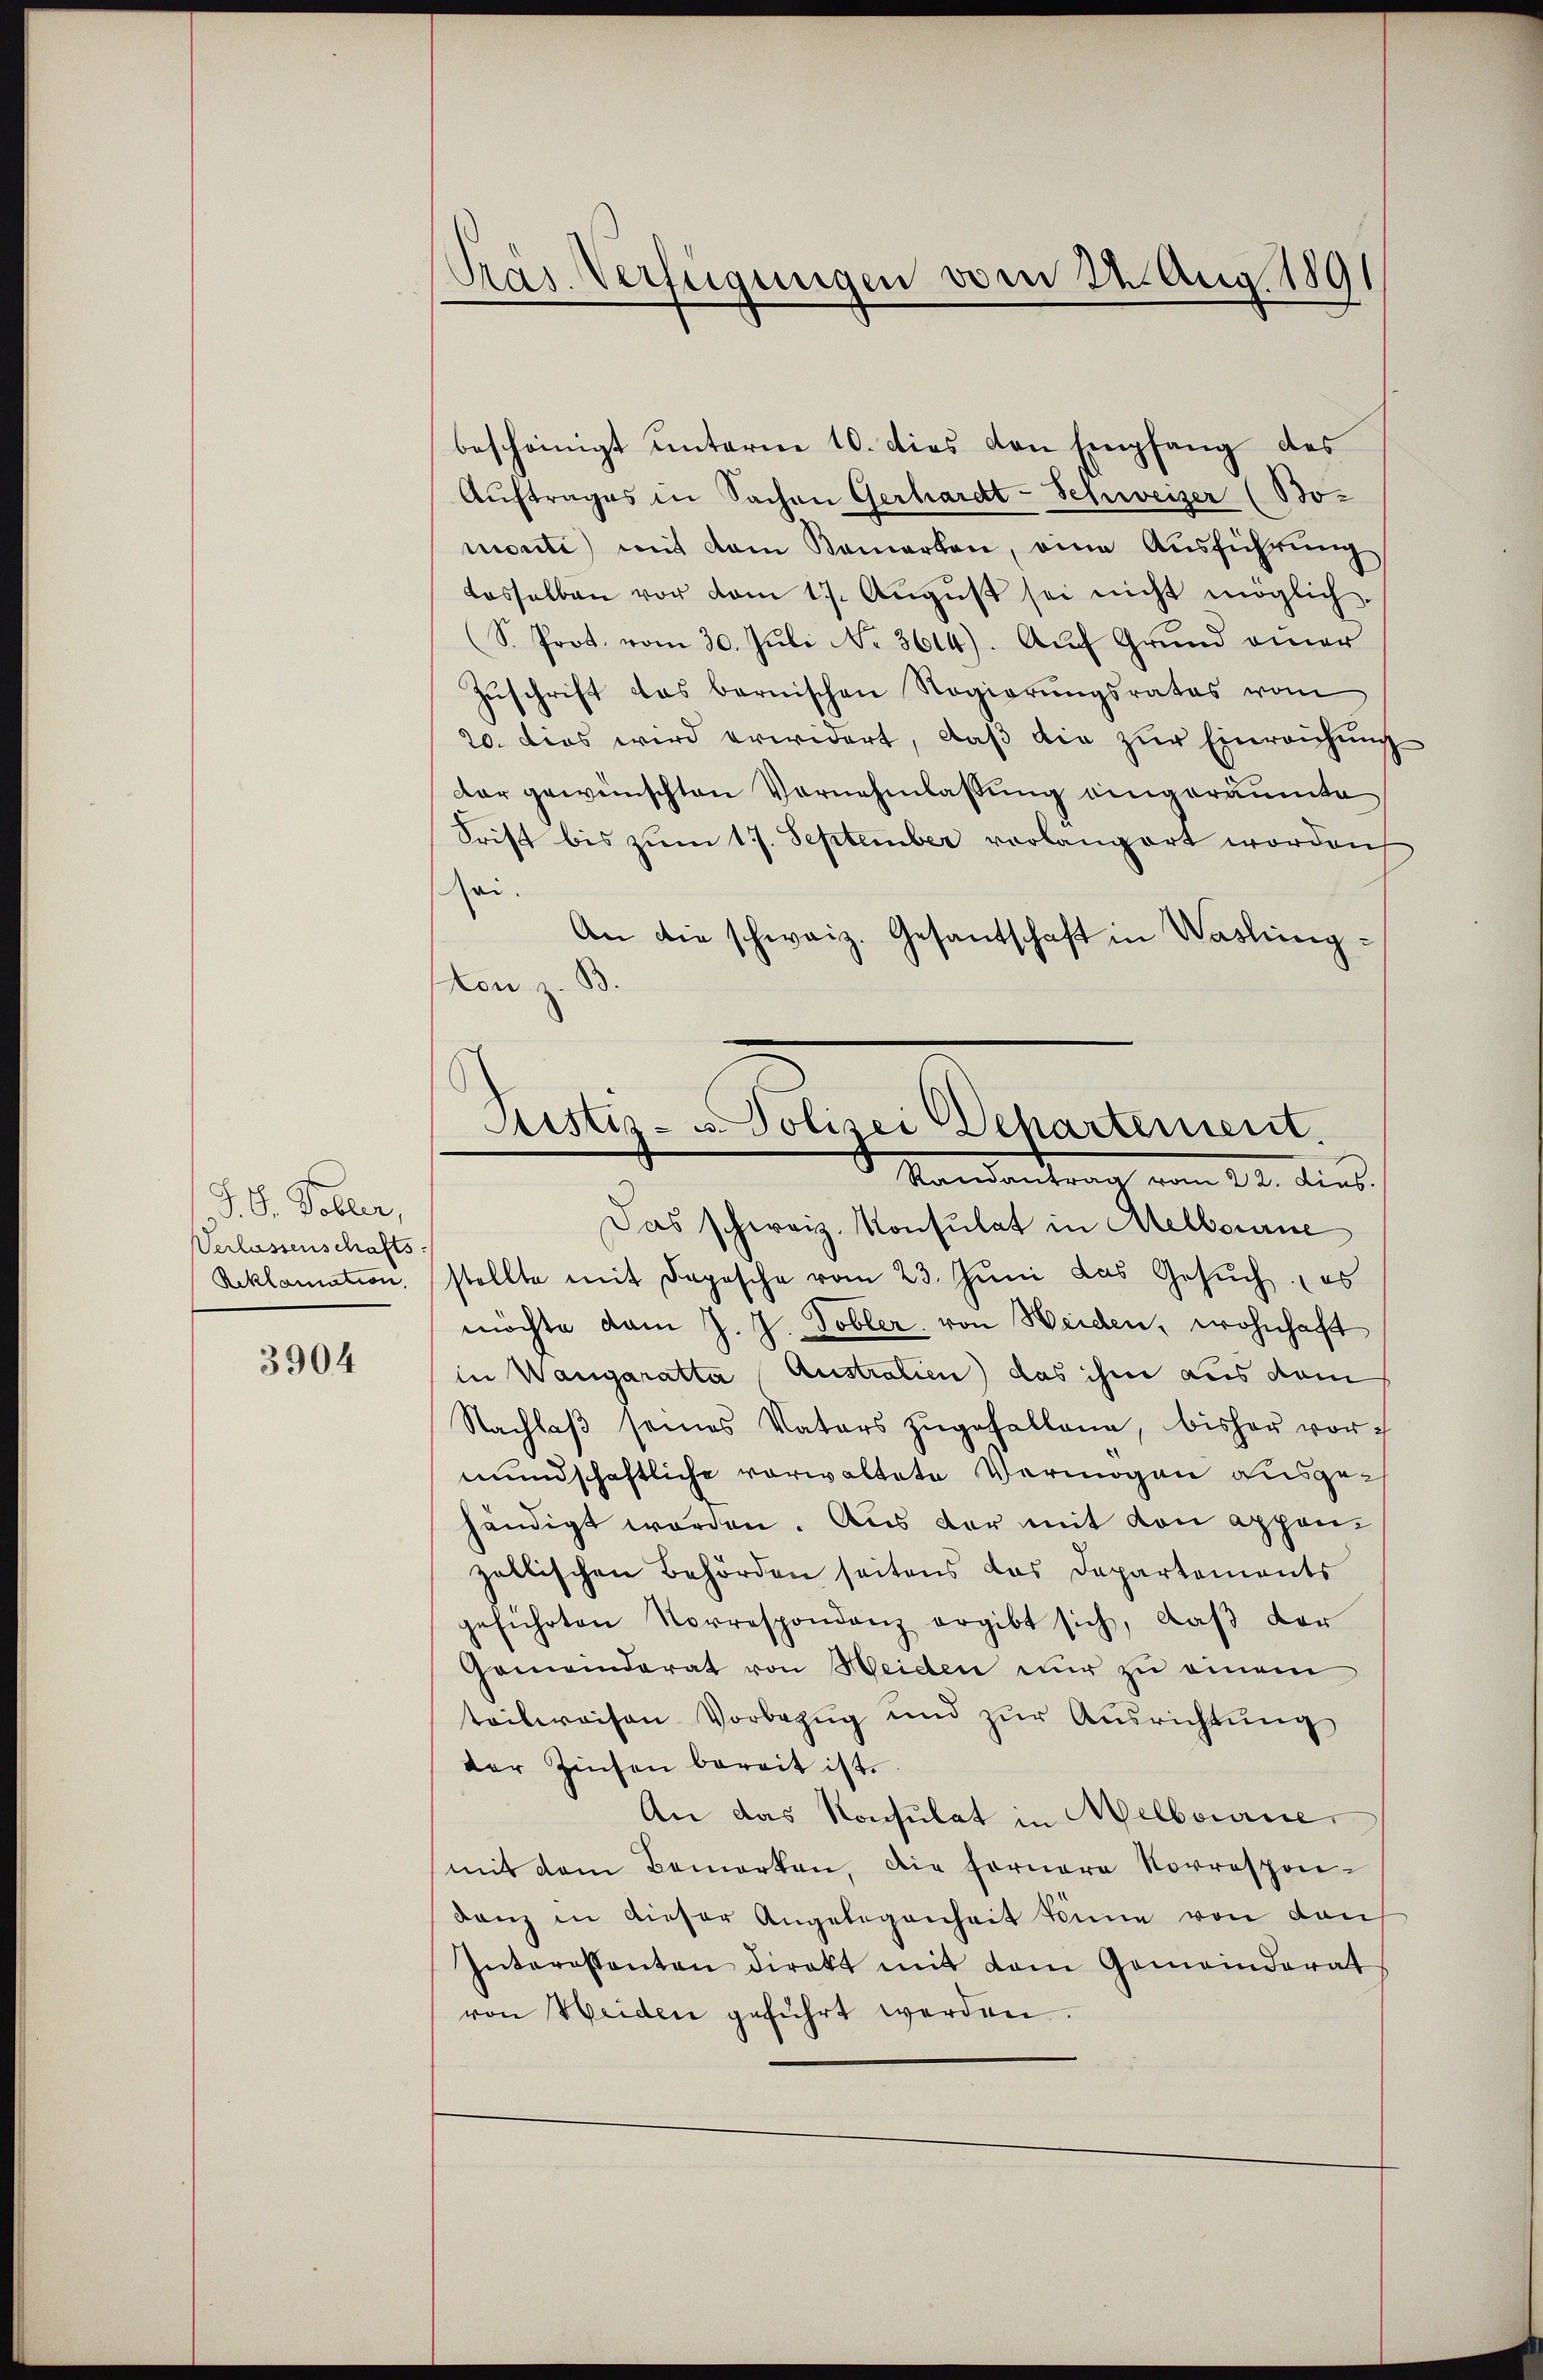
J. G. Tobler,
Verlassenschafts
Reklamation

3904

Pras Verfügungen vom 22. Aug. 1891

bescheinigt unterm 10. dies den Empfang des
Aŭftrages in Sachen Gerhardt-Schweizer (Bo-
monti mit dem Bemerken, eine Ausführung
dasselben vor vom 17. Aŭgŭst sei nicht möglich
S. Prot. vom 30. Juli No 3614). Auf Grund einer
Zuschrift das bernischen Regierungsrates vom
20. dies wird erwidert, daß die zur Einreichung
dar gewünschten Vornehmlassung eingeräumte
Frist bis zum 17. September vorlangert worden
sei.
An die schweiz. Gesantschaft in Washington z. B.
Das schweiz. Konsulat in Melbourne
stellte mit Depesche vom 23. Jŭni das Gesŭch es
möchte vom J. J. Tobler, von Weiden, wohnhaft
in Wangaratta Australien) das ihm aus dem
Nachlaβ seines Vaters zŭgefallene, bisher vormundschaftliche vorwaltete Vermögen ausgehändigt worden. Aus der mit von appenzallischen Behörden seitens das Departements
geführten Vorrespondenz ergibt sich, daβ der
Gemeinderat von Heiden nŭr zŭ einem
teilweisen Vorbezug und zur Ausrichtung
der Zinsen bereit ist.
An das Konsulat in Melbourse
mit dem Bemerken, die fernere Korrespon-
danz in dieser Angelegenheit könne von den
Interessanten direkt mit dem Gemeinderat
von Weiden geführt werden.

Ristiz- u. Polizei (Departement.
Standentrach von 12. dies